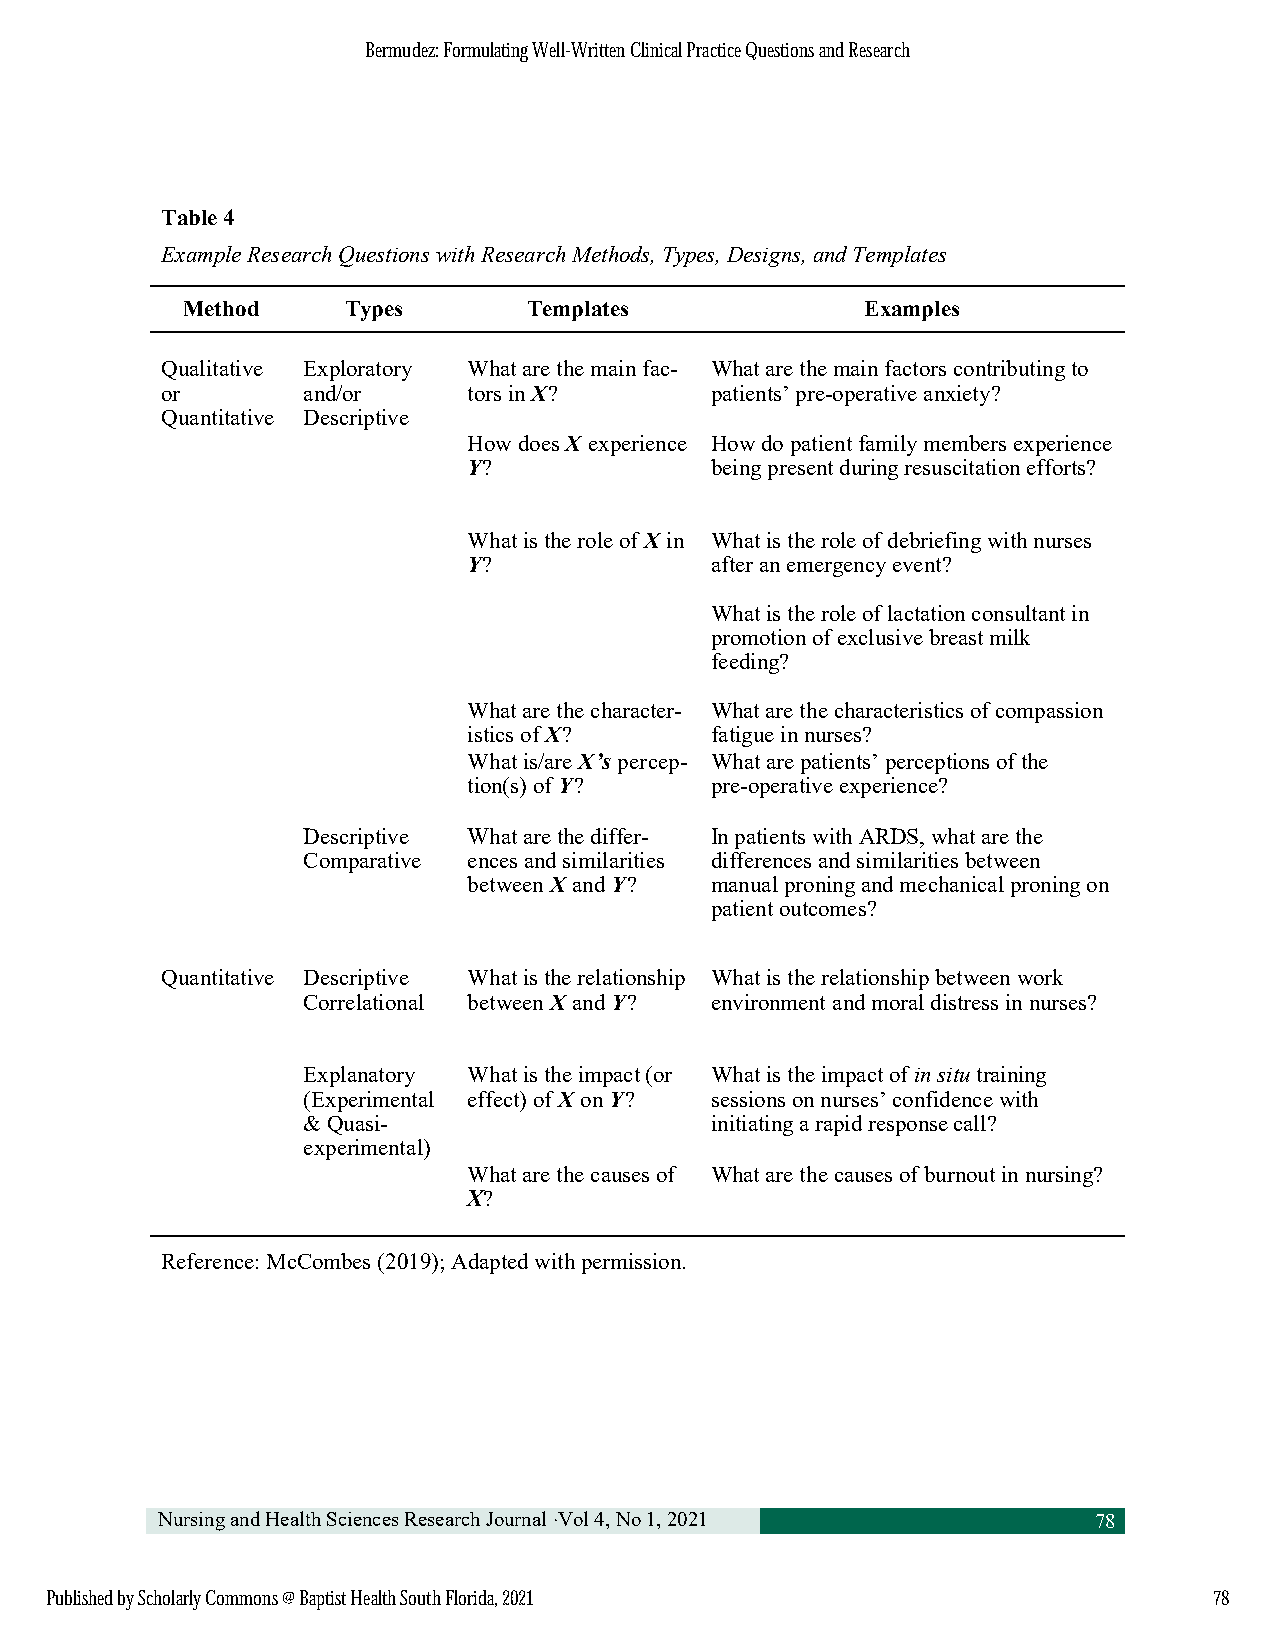
BBeerrmmuuddeezz:: FFoorrmmuullaattiinngg WWeellll--WWrriitttteenn CClliinniiccaall PPrraaccttiiccee QQuueessttiioonnss aanndd RReesseeaarrcchh
 Table 4
 Example Research Questions with Research Methods, Types, Designs, and Templates
 Method     Types       Templates             Examples
 Qualitative Exploratory What are the main fac- What are the main factors contributing to
 or       and/or     tors in X?      patients’ pre-operative anxiety?
 Quantitative Descriptive
 How does X experience How do patient family members experience
 Y?              being present during resuscitation efforts?
 What is the role of X in What is the role of debriefing with nurses
 Y?              after an emergency event?
 What is the role of lactation consultant in
 promotion of exclusive breast milk
 feeding?
 What are the character- What are the characteristics of compassion
 istics of X?    fatigue in nurses?
 What is/are X’s percep- What are patients’ perceptions of the
 tion(s) of Y?   pre-operative experience?
 Descriptive What are the differ- In patients with ARDS, what are the
 Comparative ences and similarities differences and similarities between
 between X and Y? manual proning and mechanical proning on
 patient outcomes?
 Quantitative Descriptive What is the relationship What is the relationship between work
 Correlational between X and Y? environment and moral distress in nurses?
 Explanatory What is the impact (or What is the impact of in situ training
 (Experimental effect) of X on Y? sessions on nurses’ confidence with
 & Quasi-                   initiating a rapid response call?
 experimental)
 What are the causes of What are the causes of burnout in nursing?
 X?
 Reference: McCombes (2019); Adapted with permission.
 Nursing and Health Sciences Research Journal ·Vol 4, No 1, 2021 78
 PPuubblliisshheedd bbyy SScchhoollaarrllyy CCoommmmoonnss @@ BBaappttiisstt HHeeaalltthh SSoouutthh FFlloorriiddaa,, 22002211 7788